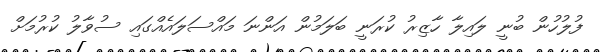
ފުލުހުން ބުނީ ލައިލާ ހާޒިރު ކުރަނީ ބަލަމުން އަންނަ މައްސަލައެއްގައި ސުވާލު ކުރުމަށް